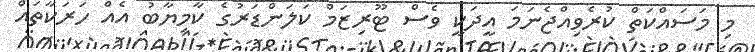
މި މަސައްކަތް ކުރެވިއްޖެނަމަ އީދަކީ ވެސް ޓޫރިޒަމް ކަލަންޑަރުގެ ކާމިޔާބު އެއް ހަރަކާތައް